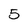
Character: 5